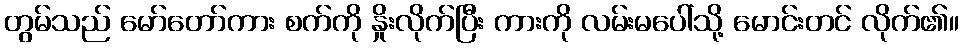
တွမ်သည် မော်တော်ကား စက်ကို နှိုးလိုက်ပြီး ကားကို လမ်းမပေါ်သို့ မောင်းတင် လိုက်၏။